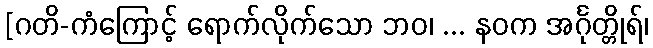
[ဂတိ-ကံကြောင့် ရောက်လိုက်သော ဘဝ၊ ... နဝက အင်္ဂုတ္တိုရ်၊